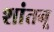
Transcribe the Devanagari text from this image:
शांतनू